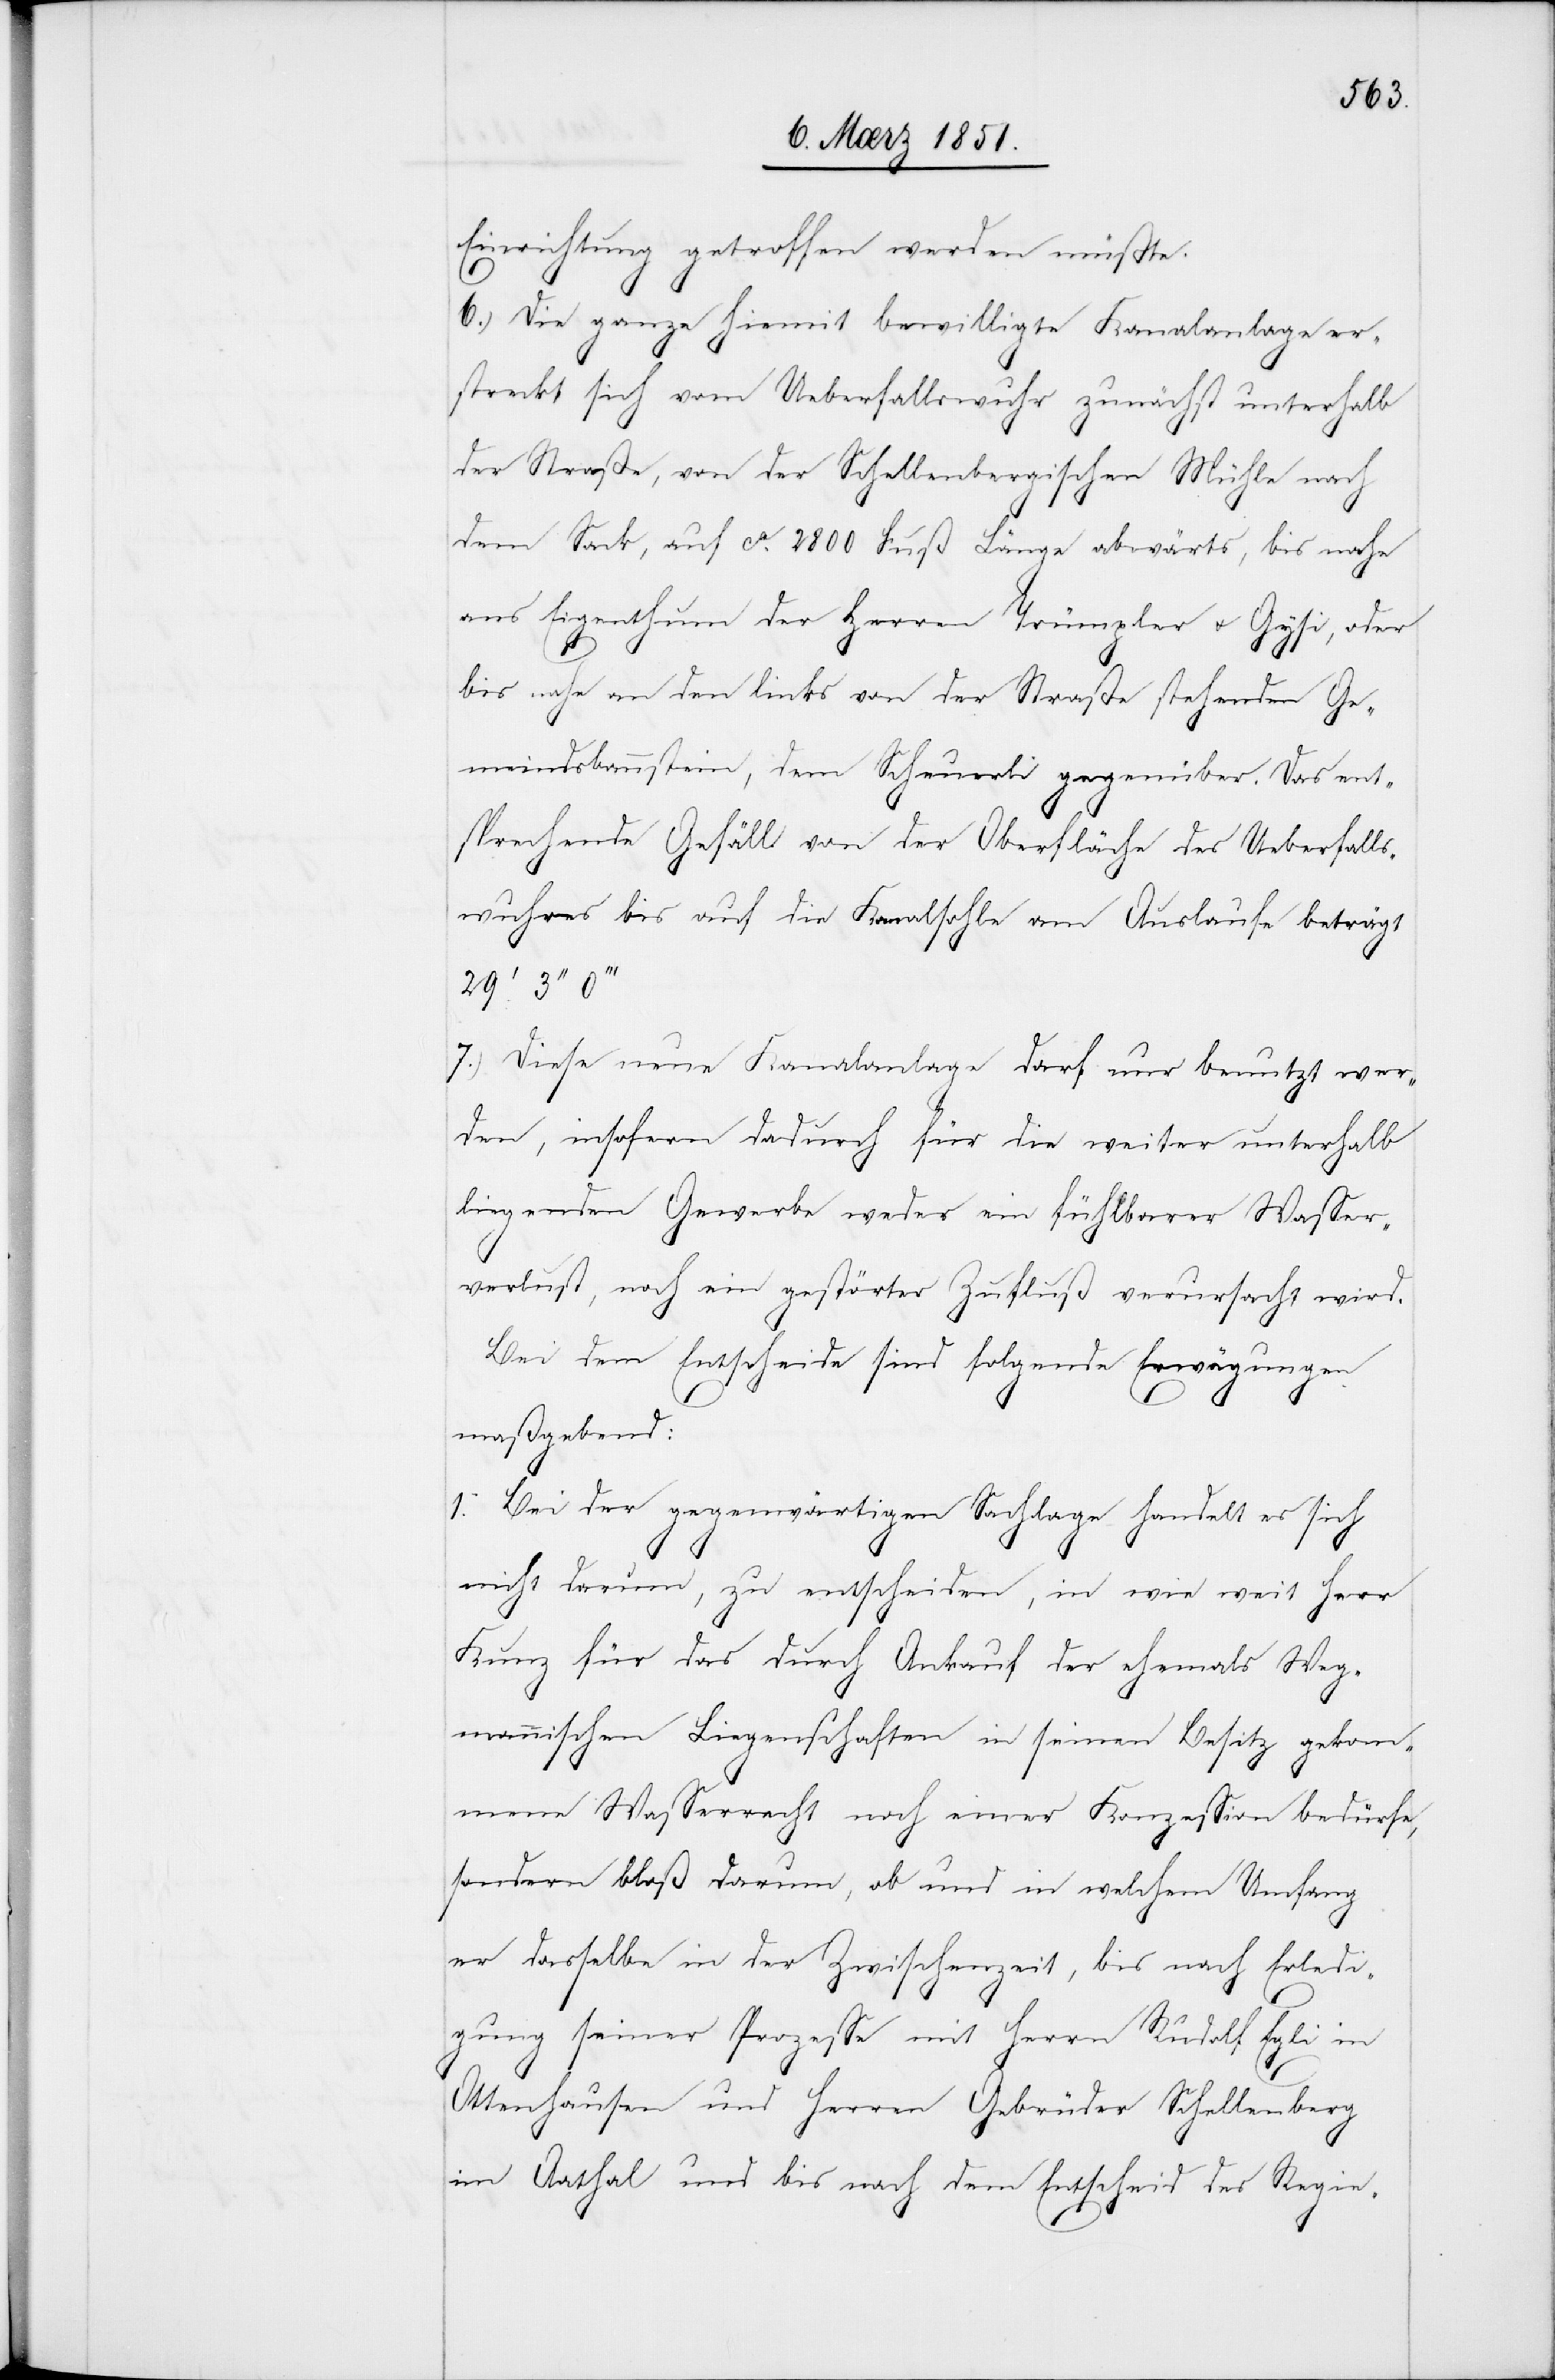
Einrichtung getroffen werden müßte.
Die ganze hiemit bewilligte Kanalanlage er¬
streckt sich vom Ueberfallswuhr zunächst unterhalb
der Straße, von der Schellenbergischen Mühle nach
dem Sack, auf ca. 2800 Fuß Länge abwärts, bis nahe
ans Eigenthum der Herren Trümpler u. Gysi, oder
bis nahe an den links von der Straße stehenden Ge¬
meindsbannstein, dem Scheuerli gegenüber. Das ent¬
sprechende Gefäll von der Oberfläche des Ueberfalls¬
wuhres bis auf die Kanalsohle am Auslaufe beträgt
Diese neue Kanalanlage darf nur benutzt wer¬
den, insofern dadurch für die weiter unterhalb
liegenden Gewerbe weder ein fühlbarer Wasser¬
verlust, noch ein gestörter Zufluß verursacht wird.
Bei dem Entscheide sind folgende Erwägungen
7.)
maßgebend:
1. Bei der gegenwärtigen Sachlage handelt es sich
nicht darum, zu entscheiden, in wie weit Herr
Kunz für das durch Ankauf der ehemals Weg¬
mannischen Liegenschaften in seinen Besitz gekom¬
mene Wasserrecht noch einer Konzession bedürfe,
sondern bloß darum, ob und in welchem Umfang
er dasselbe in der Zwischenzeit, bis nach Erledi¬
gung seiner Prozesse mit Herrn Rudolf Egli in
Ottenhausen und Herren Gebrüder Schellenberg
im Aathal und bis nach dem Entscheid des Regie-